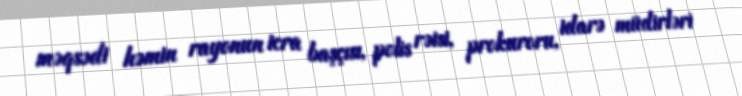
məqsədi həmin rayonun icra başçısı, polis rəisi, prokuroru, idarə müdirləri